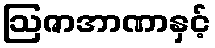
ဩဇာအာဏာနှင့်